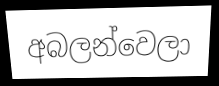
අබලන්වෙලා